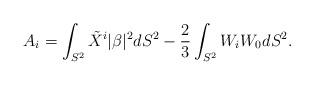
LaTeX: \begin{align*} A_i = \int _{S^2} \tilde X^i |\beta|^2 dS^2- \frac{2}{3}\int_{S^2} W_i W_0 dS^2.\end{align*}